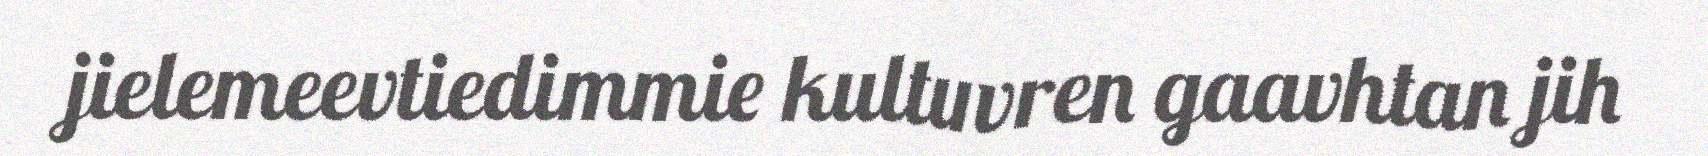
jielemeevtiedimmie kultuvren gaavhtan jih